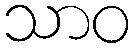
သာဝ